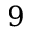
9